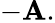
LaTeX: -\mathbf{A}.